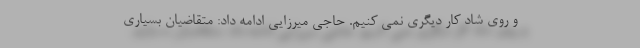
و روی شاد کار دیگری نمی کنیم. حاجی میرزایی ادامه داد: متقاضیان بسیاری